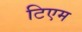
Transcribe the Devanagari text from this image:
टिएम